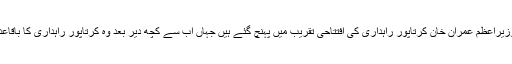
9نومبر 2019ء وزیراعظم عمران خان کرتاپور راہداری کی افتتاحی تقریب میں پہنچ گئے ہیں جہاں اب سے کچھ دیر بعد وہ کرتاپور راہداری کا باقاعدہ افتتاح کریں گے۔